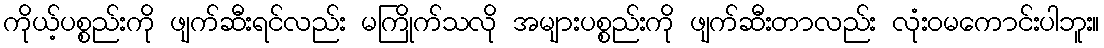
ကိုယ့်ပစ္စည်းကို ဖျက်ဆီးရင်လည်း မကြိုက်သလို အများပစ္စည်းကို ဖျက်ဆီးတာလည်း လုံးဝမကောင်းပါဘူး။